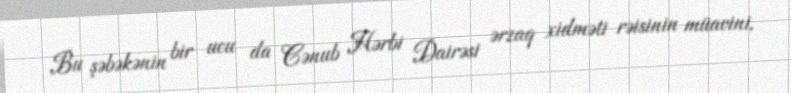
Bu şəbəkənin bir ucu da Cənub Hərbi Dairəsi ərzaq xidməti rəisinin müavini,